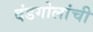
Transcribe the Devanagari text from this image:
दंडगोलांची